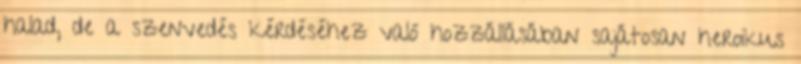
halad, de a szenvedés kérdéséhez való hozzállásában sajátosan heroikus